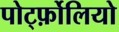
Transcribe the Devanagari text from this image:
पोर्ट्फ़ोलियो